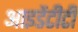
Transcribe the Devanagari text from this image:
आइडेंटीटी